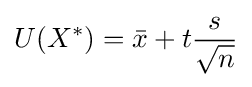
U(X^{*})={\bar {x}}+t{\frac {s}{\sqrt {n}}}